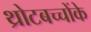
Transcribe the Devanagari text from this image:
थ्रोटबच्चोंके